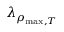
\lambda _ { \rho _ { \mathrm { m a x } , T } }